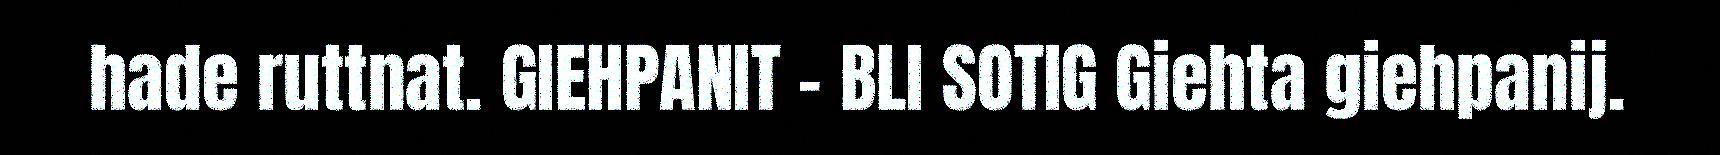
hade ruttnat. GIEHPANIT - BLI SOTIG Giehta giehpanij.